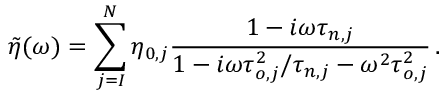
\Tilde { \eta } ( \omega ) = \sum _ { j = I } ^ { N } \eta _ { 0 , j } \frac { 1 - i \omega \tau _ { n , j } } { 1 - i \omega \tau _ { o , j } ^ { 2 } / \tau _ { n , j } - \omega ^ { 2 } \tau _ { o , j } ^ { 2 } } \, .